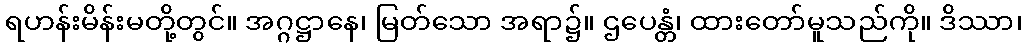
ရဟန်းမိန်းမတို့တွင်။ အဂ္ဂဋ္ဌာနေ၊ မြတ်သော အရာ၌။ ဌပေန္တံ၊ ထားတော်မူသည်ကို။ ဒိဿာ၊